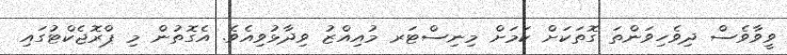
ވީވާވެސް ދިވެހިވަންތަ ގޮތަކަށް ކަމަށް މިނިސްޓަރ މުއިއްޒު ވިދާޅުވިއެވެ. އެގޮތުން މި ޕްރޮޖެކްޓުގައި